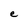
Character: e